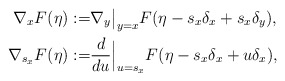
\begin{align*}\nabla_xF(\eta):=&\nabla_y\big|_{y=x}F(\eta-s_x\delta_x+s_x\delta_y),\\\nabla_{s_x}F(\eta):=&\frac{d}{du}\Big|_{u=s_x}F(\eta-s_x\delta_x+u\delta_x),\end{align*}